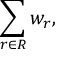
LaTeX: \sum _ { r \in R } w _ { r } ,